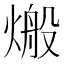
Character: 𪹙